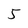
Character: 5